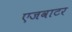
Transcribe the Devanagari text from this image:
एजवाटर